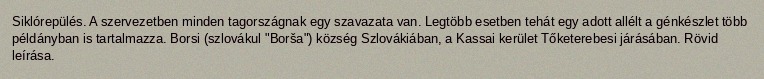
Siklórepülés. A szervezetben minden tagországnak egy szavazata van. Legtöbb esetben tehát egy adott allélt a génkészlet több példányban is tartalmazza. Borsi (szlovákul "Borša") község Szlovákiában, a Kassai kerület Tőketerebesi járásában. Rövid leírása.